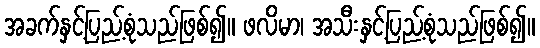
အခက်နှင့်ပြည့်စုံသည်ဖြစ်၍။ ဖလိမာ၊ အသီးနှင့်ပြည့်စုံသည်ဖြစ်၍။